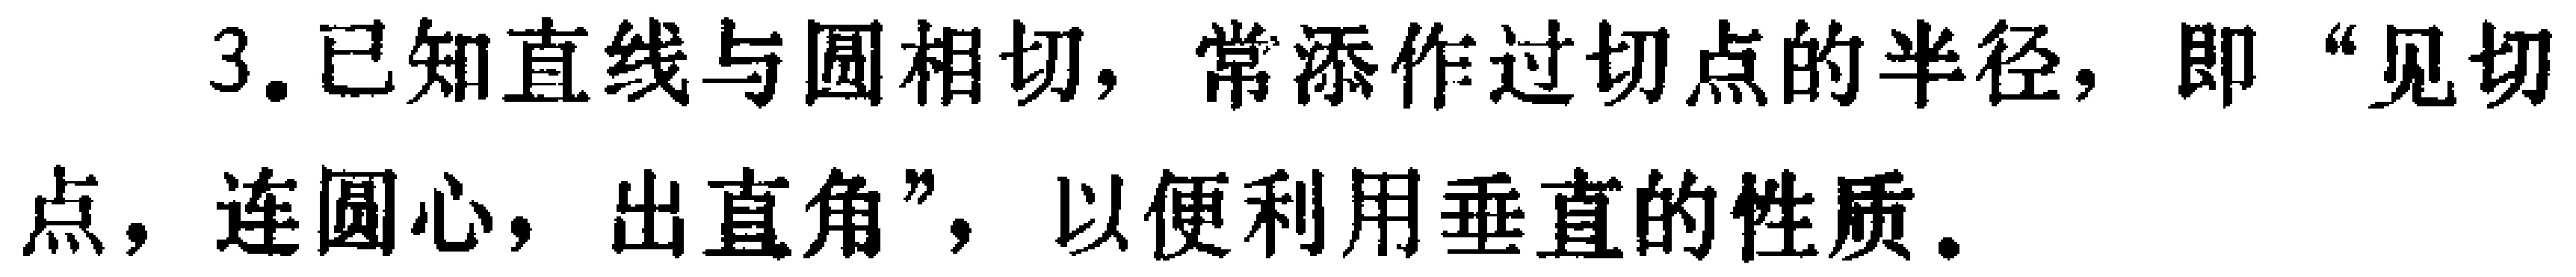
3.已知直线与圆相切，常添作过切点的半径，即“见切点，连圆心，出直角”，以便利用垂直的性质。